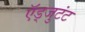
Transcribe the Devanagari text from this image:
ऍड्जुटंट